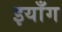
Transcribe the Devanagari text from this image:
इयाँग